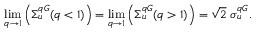
\operatorname* { l i m } _ { q \to 1 } \left( \Sigma _ { u } ^ { q G } ( q < 1 ) \right) = \operatorname* { l i m } _ { q \to 1 } \left( \Sigma _ { u } ^ { q G } ( q > 1 ) \right) = \sqrt { 2 } \ \sigma _ { u } ^ { q G } .